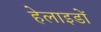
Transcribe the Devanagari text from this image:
हेलाइडों